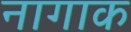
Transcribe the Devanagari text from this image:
नागाक